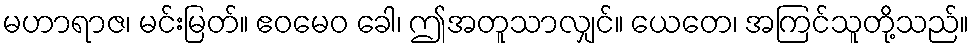
မဟာရာဇ၊ မင်းမြတ်။ ဧဝမေဝ ခေါ၊ ဤအတူသာလျှင်။ ယေတေ၊ အကြင်သူတို့သည်။